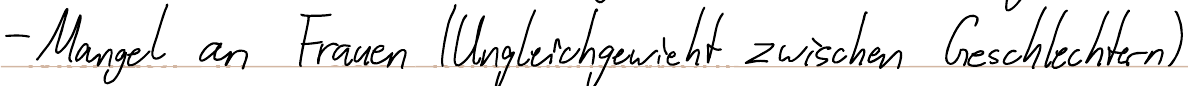
- Mangel an Frauen (Ungleichgewicht zwischen Geschlechtern)